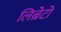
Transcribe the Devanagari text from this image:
लिब्रेटो